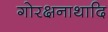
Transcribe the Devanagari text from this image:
गोरक्षनाथादि